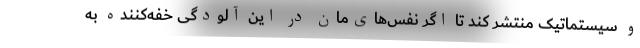
و سیستماتیک منتشر کند تا اگر نفس‌های‌مان در این آلودگی خفه‌کننده به